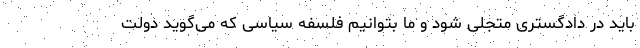
باید در دادگستری متجلی شود و ما بتوانیم فلسفه سیاسی که می‌گوید دولت